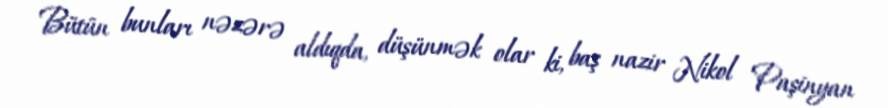
Bütün bunları nəzərə aldıqda, düşünmək olar ki, baş nazir Nikol Paşinyan